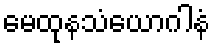
မေထုနသံယောဂါနံ